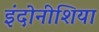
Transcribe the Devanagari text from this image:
इंदोनीशिया